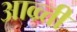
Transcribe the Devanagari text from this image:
आव्व्र्त्ती